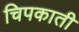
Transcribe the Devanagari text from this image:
चिपकाती